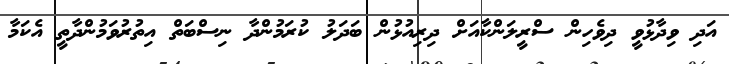
އަދި ވިދާޅުވީ ދިވެހިން ސްރީލަންކާއަށް ދިރިއުޅުން ބަދަލު ކުރަމުންދާ ނިސްބަތް އިތުރުވަމުންދާތީ އެކަމާ